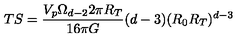
T S = \frac { V _ { p } \Omega _ { d - 2 } 2 \pi R _ { T } } { 1 6 \pi G } ( d - 3 ) ( R _ { 0 } R _ { T } ) ^ { d - 3 }